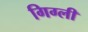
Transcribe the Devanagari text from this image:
गिग्ली